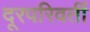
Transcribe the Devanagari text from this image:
दूरपरिवर्ती